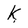
Character: k